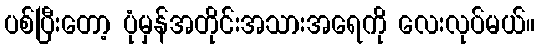
ပစ်ပြီးတော့ ပုံမှန်အတိုင်းအသားအရေကို လေးလုပ်မယ်။